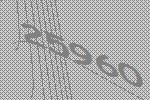
25960